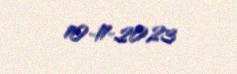
10-11-2023